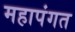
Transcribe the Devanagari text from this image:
महापंगत